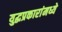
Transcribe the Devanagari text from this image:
युद्धप्रकारांमध्ये